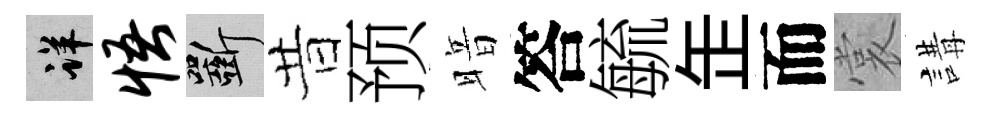
详悟斫昔预暗答毓𦈢而裳講